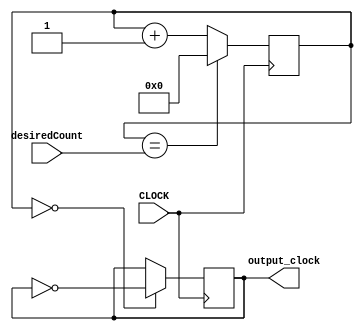
`timescale 1ns / 1ps
//////////////////////////////////////////////////////////////////////////////////
// Company: 
// Engineer: 
// 
// Design Name: 
// Module Name: flexible_clock
// Project Name: 
// Target Devices: 
// Tool Versions: 
// Description: 
// 
// Dependencies: 
// 
// Revision:
// Revision 0.01 - File Created
// Additional Comments:
// 
//////////////////////////////////////////////////////////////////////////////////


module flexible_clock(input CLOCK, input [31:0] desiredCount, 
                      output reg output_clock);
                      
    reg [31:0] count = 0;
    
    always @ (posedge CLOCK) 
    begin
    
        count <= (count == desiredCount) ? 0 : count + 1;
        output_clock <= (count == 0) ? ~output_clock : output_clock;
    
    end
endmodule